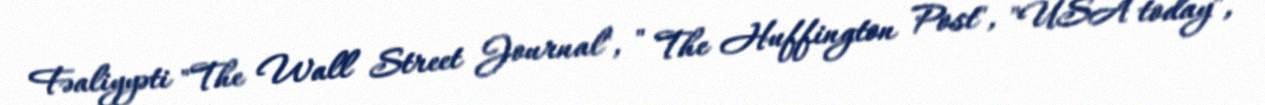
Fəaliyyəti "The Wall Street Journal", " The Huffington Post", "USA today",